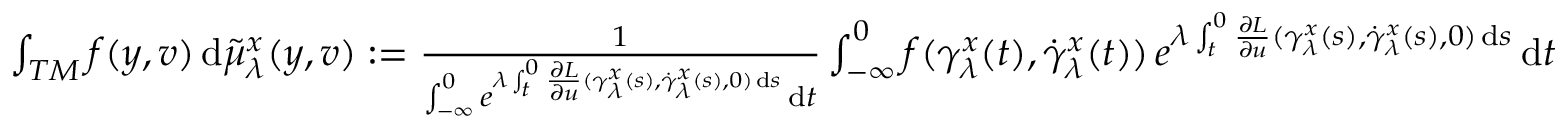
\begin{array} { r } { \int _ { T M } f ( y , v ) \, \mathrm { d } \tilde { \mu } _ { \lambda } ^ { x } ( y , v ) : = \frac 1 { \int _ { - \infty } ^ { 0 } e ^ { \lambda \int _ { t } ^ { 0 } \frac { \partial L } { \partial u } ( \gamma _ { \lambda } ^ { x } ( s ) , \dot { \gamma } _ { \lambda } ^ { x } ( s ) , 0 ) \, \mathrm { d } s } \, \mathrm { d } t } \int _ { - \infty } ^ { 0 } f ( \gamma _ { \lambda } ^ { x } ( t ) , \dot { \gamma } _ { \lambda } ^ { x } ( t ) ) \, e ^ { \lambda \int _ { t } ^ { 0 } \frac { \partial L } { \partial u } ( \gamma _ { \lambda } ^ { x } ( s ) , \dot { \gamma } _ { \lambda } ^ { x } ( s ) , 0 ) \, \mathrm { d } s } \, \mathrm { d } t } \end{array}